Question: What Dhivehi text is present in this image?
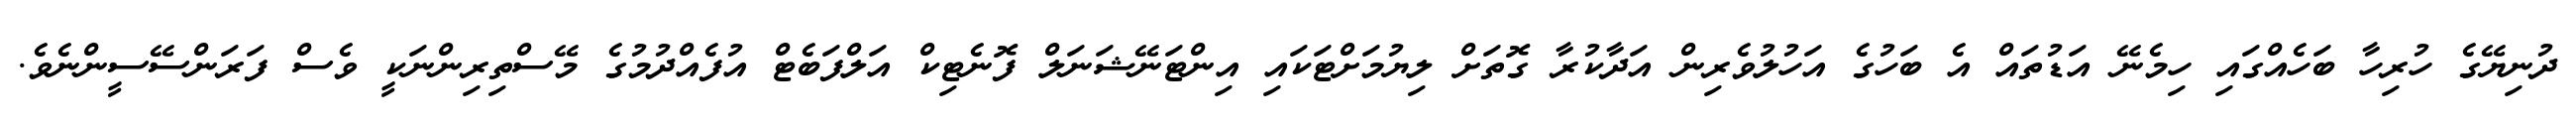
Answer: ދުނިޔޭގެ ހުރިހާ ބަހެއްގައި ހިމެނޭ އަޑުތައް އެ ބަހުގެ އަހުލުވެރިން އަދާކުރާ ގޮތަށް ލިޔުމަށްޓަކައި އިންޓަނޭޝަނަލް ފޮނެޓިކް އަލްފަބެޓް އުފެއްދުމުގެ މޭސްތިރިންނަކީ ވެސް ފަރަންސޭސީންނެވެ.